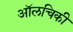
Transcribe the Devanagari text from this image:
ऑलचिकी